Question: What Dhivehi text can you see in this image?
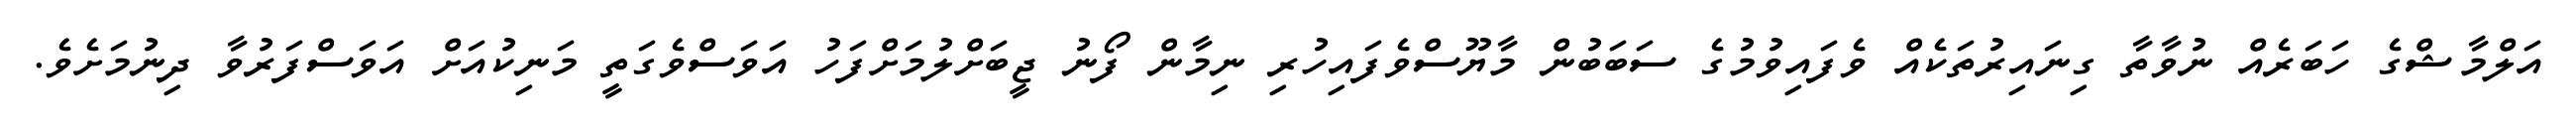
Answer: އަލްމާޝްގެ ހަބަރެއް ނުވާތާ ގިނައިރުތަކެއް ވެފައިވުމުގެ ސަބަބުން މާޔޫސްވެފައިހުރި ނިމާން ފޯނު ޖީބަށްލުމަށްފަހު އަވަސްވެގަތީ މަނިކުއަށް އަވަސްފަރުވާ ދިނުމަށެވެ.